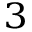
_ { 3 }